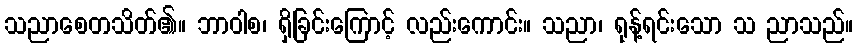
သညာစေတသိတ်၏။ ဘာဝါစ၊ ရှိခြင်းကြောင့် လည်းကောင်း။ သညာ၊ ရုန့်ရင်းသော သ ညာသည်။